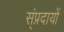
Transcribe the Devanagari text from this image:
स्ंप्रदायों